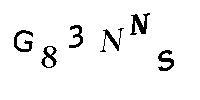
G83NNS